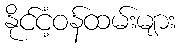
နိုင်ငံ့ဝန်ထမ်းများ